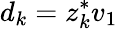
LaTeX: d_{k}=z_{k}^{*}v_{1}